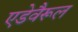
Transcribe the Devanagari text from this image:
एडेवैरूल